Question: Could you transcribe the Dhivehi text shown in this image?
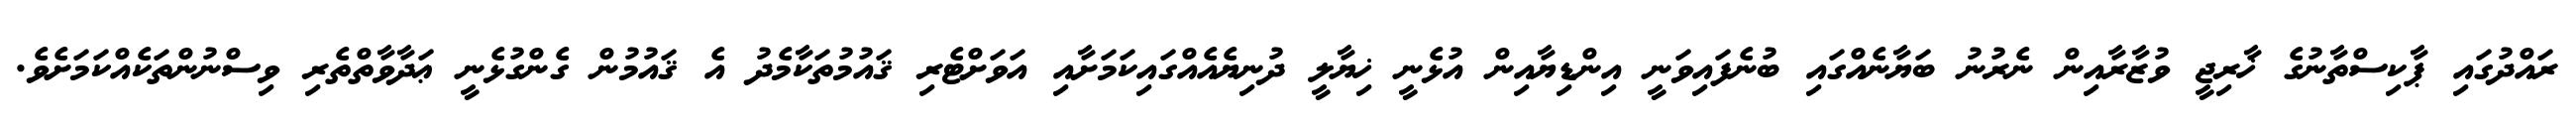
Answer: ރައްދުގައި ޕާކިސްތާނުގެ ޚާރިޖީ ވުޒާރާއިން ނެރުނު ބަޔާނެއްގައި ބުނެފައިވަނީ އިންޑިޔާއިން އުޅެނީ ޚިޔާލީ ދުނިޔެއެއްގައިކަމަށާއި އަވަށްޓެރި ޤައުމުތަކާމެދު އެ ޤައުމުން ގެންގުޅެނީ ޢަދާވާތްތެރި ވިސްނުންތަކެއްކަމަށެވެ.